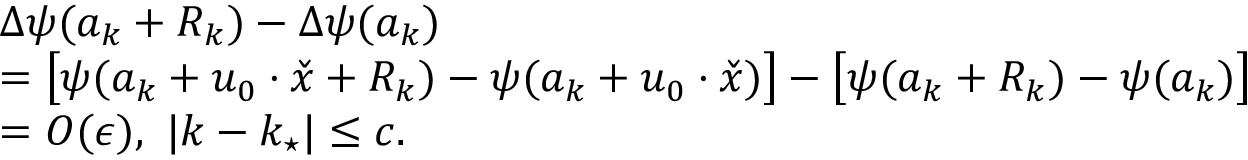
\begin{array} { r l } & { \Delta \psi ( a _ { k } + R _ { k } ) - \Delta \psi ( a _ { k } ) } \\ & { = \bigl [ \psi ( a _ { k } + u _ { 0 } \cdot \check { x } + R _ { k } ) - \psi ( a _ { k } + u _ { 0 } \cdot \check { x } ) \bigr ] - \bigl [ \psi ( a _ { k } + R _ { k } ) - \psi ( a _ { k } ) \bigr ] } \\ & { = O ( \epsilon ) , \ | k - k _ { \star } | \le c . } \end{array}